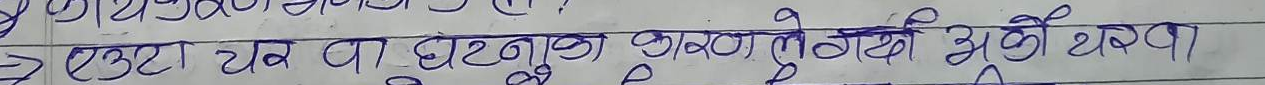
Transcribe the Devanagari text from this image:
एउटा टव वा घटनुका कारणले गर्दा भेरी थकिन्छ।